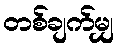
တစ်ချက်မျှ